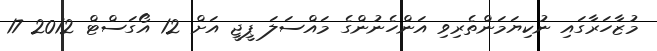
މުޒާހަރާގައި ނުކިޔަމަންތެރިވި އަންހެނުންގެ މައްސަލަ ޕީޖީ އަށް 12 އޯގަސްޓް 2012 17